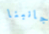
جانبنا